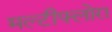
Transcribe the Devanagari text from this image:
मल्टीफ्लोरा